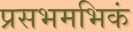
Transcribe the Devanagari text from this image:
प्रसभमभिकं